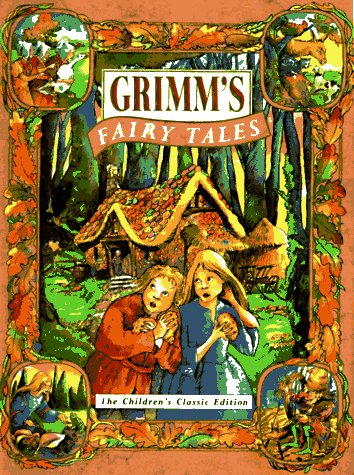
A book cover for Grimm's Fairy Tales: The Children's Classic Edition (Children's classics); David Borgenicht; Children's Books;